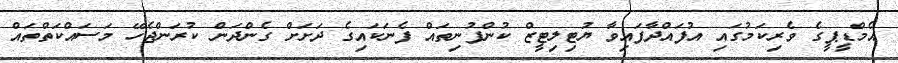
އެމްޑީޕީގެ ވެރިކަމުގައި އުފައްދާފައިވާ ޔުޓިލިޓީޒް ކުންފުނިތައް ފެނަކައިގެ ދަށަށް ގެންދަން ކުރަންޖެހޭ މަސައްކަތްތައް